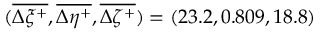
( \overline { { \Delta \xi ^ { + } } } , \overline { { \Delta \eta ^ { + } } } , \overline { { \Delta \zeta ^ { + } } } ) = ( 2 3 . 2 , 0 . 8 0 9 , 1 8 . 8 )